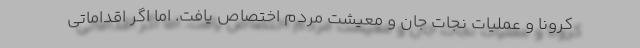
کرونا و عملیات نجات جان و معیشت مردم اختصاص یافت. اما اگر اقداماتی